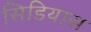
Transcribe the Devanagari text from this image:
सिडियास